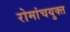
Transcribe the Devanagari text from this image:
रोमांचयुक्त